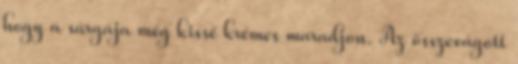
hogy a sárgája még kissé krémes maradjon. Az összevágott